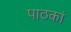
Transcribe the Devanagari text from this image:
पाठकां